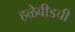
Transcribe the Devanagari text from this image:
हळेबीडची